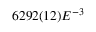
6 2 9 2 ( 1 2 ) E ^ { - 3 }